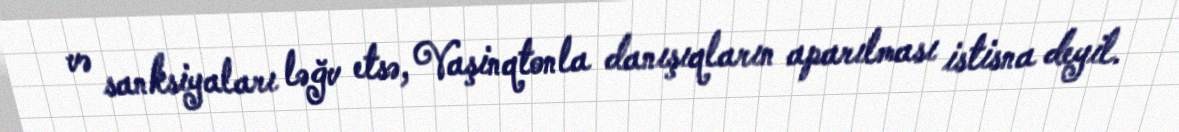
və sanksiyaları ləğv etsə, Vaşinqtonla danışıqların aparılması istisna deyil.